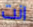
انت